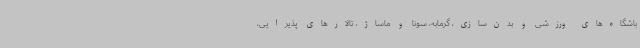
باشگاه‌های ورزشی و بدن‌سازی، گرمابه، سونا و ماساژ، تالارهای پذیرایی،